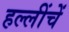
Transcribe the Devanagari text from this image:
हल्लींचें